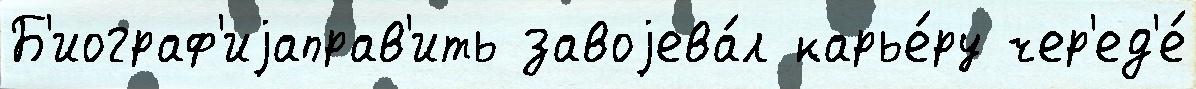
Б'иограф'иjаправ'ить завоjева́л карье́ру чер'ед'е́